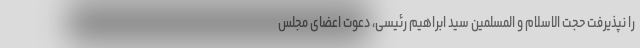
را نپذیرفت حجت الاسلام و المسلمین سیّد ابراهیم رئیسی، دعوت اعضای مجلس